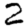
Digit: 2